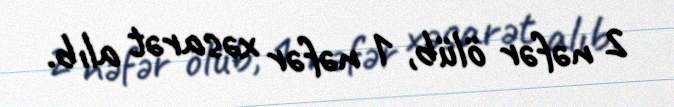
2 nəfər ölüb, 1 nəfər xəsarət alıb.